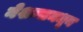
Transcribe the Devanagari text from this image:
नेशन्समधून